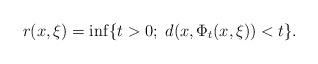
LaTeX: \begin{align*}r(x,\xi )=\inf\{t>0;\; d(x,\Phi_t(x,\xi ))<t\}.\end{align*}